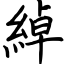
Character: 綽